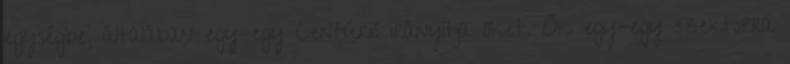
egységbe, általában egy-egy Centúrió irányítja őket. Ők egy-egy szektorra